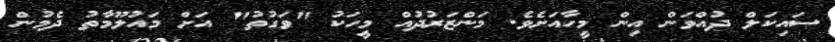
ސައިކަލް ދުއްވަން އިން މީހާއަށެވެ. މަންޒަރުދުއް މީހަކު "ވަގުތު" އަށް މައުލޫމާތު ދެމުން